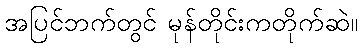
အပြင်ဘက်တွင် မုန်တိုင်းကတိုက်ဆဲ။